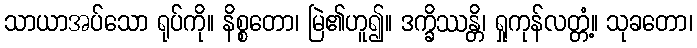
သာယာအပ်သော ရုပ်ကို။ နိစ္စတော၊ မြဲ၏ဟူ၍။ ဒက္ခိဿန္တိ၊ ရှုကုန်လတ္တံ့။ သုခတော၊